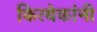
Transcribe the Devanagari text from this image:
कित्येकांनी